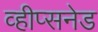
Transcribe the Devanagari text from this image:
व्हीप्सनेड